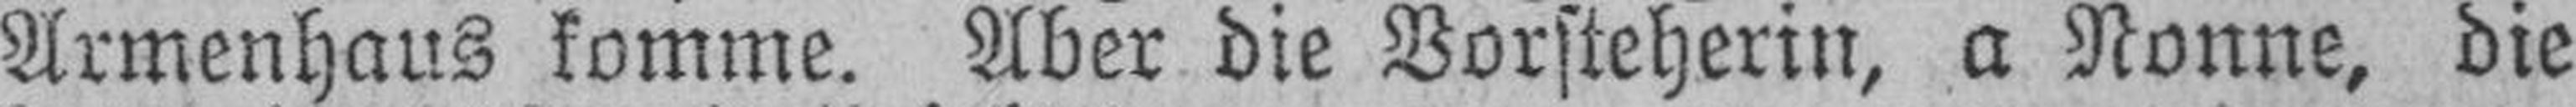
Armenhaus komme. Aber die Vorsteherin, a Nonne, die